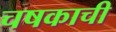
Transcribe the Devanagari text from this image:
चषकाची